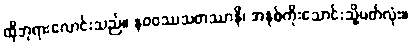
ထိုဘုရားလောင်းသည်။ နဝဝဿသတဿာနိ၊ အနှစ်ကိုးသောင်းသို့ပတ်လုံး။